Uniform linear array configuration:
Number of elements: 32
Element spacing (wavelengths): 0.5
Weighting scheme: cosine
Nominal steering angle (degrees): -60
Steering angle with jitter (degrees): -60.777
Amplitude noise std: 0.05
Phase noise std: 0.05

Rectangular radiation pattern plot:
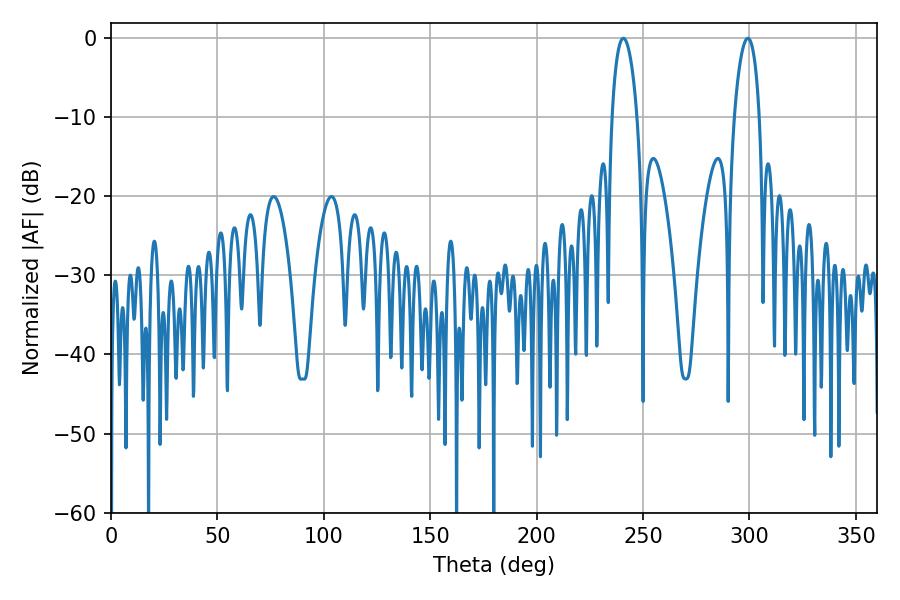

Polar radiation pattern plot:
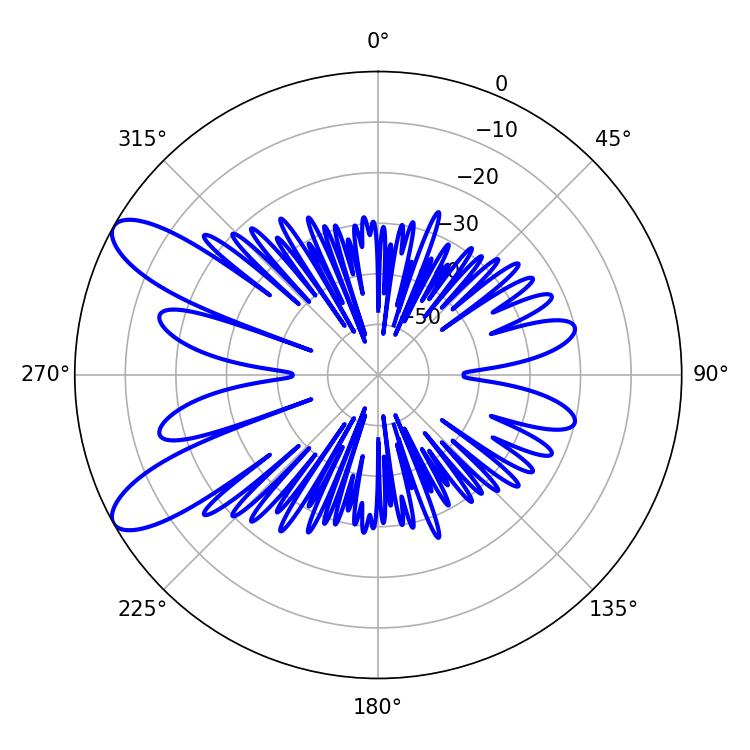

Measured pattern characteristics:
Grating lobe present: FALSE
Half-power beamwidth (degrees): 6.66
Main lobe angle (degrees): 240.84